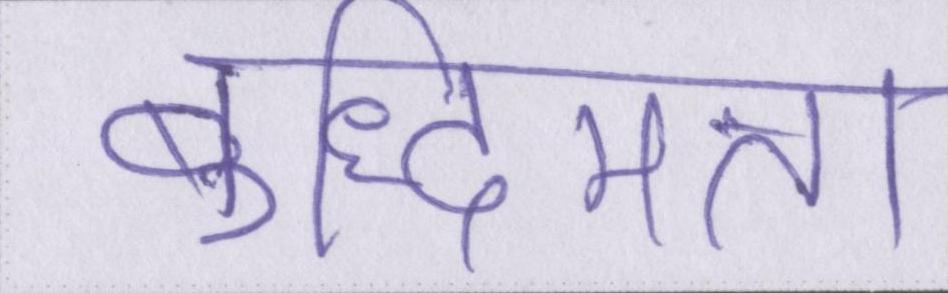
बुद्धिमत्ता